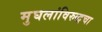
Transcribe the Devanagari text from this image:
मुघलांविरुद्धचा